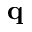
{ \bf q }